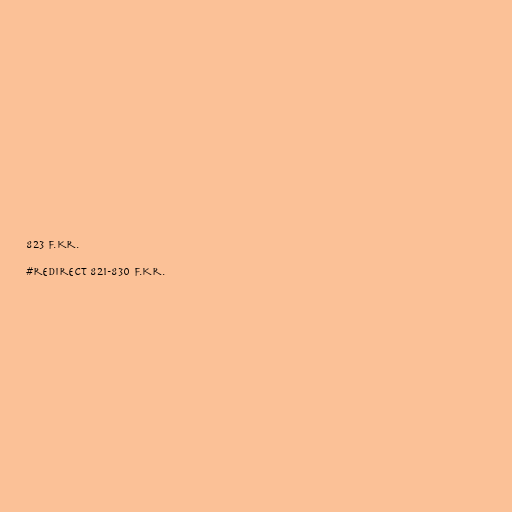
823 f.Kr.

#redirect 821-830 f.Kr.